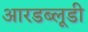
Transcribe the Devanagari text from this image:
आरडब्लूडी